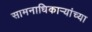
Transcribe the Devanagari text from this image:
सामनाधिकार्‍यांच्या